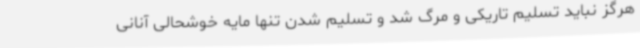
هرگز نباید تسلیم تاریکی و مرگ شد و تسلیم شدن تنها مایه خوشحالی آنانی